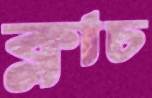
ক্লাচ